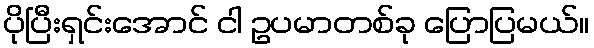
ပိုပြီးရှင်းအောင် ငါ ဥပမာတစ်ခု ပြောပြမယ်။